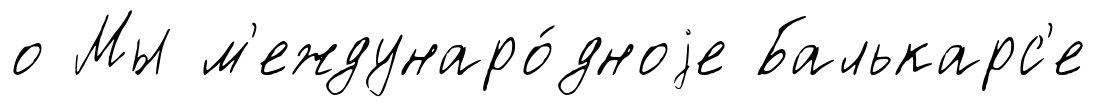
о Мы м'еждунаро́дноjе Балькарс'е